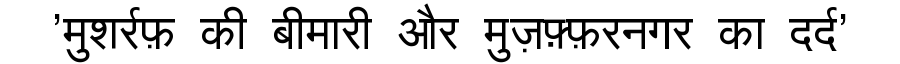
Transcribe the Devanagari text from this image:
'मुशर्रफ़ की बीमारी और मुज़फ़्फ़रनगर का दर्द'